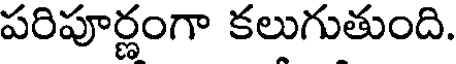
పరిపూర్ణంగా కలుగుతుంది.